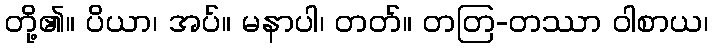
တို့၏။ ပိယာ၊ အပ်။ မနာပါ၊ တတ်။ တတြ-တဿာ ဝါစာယ၊